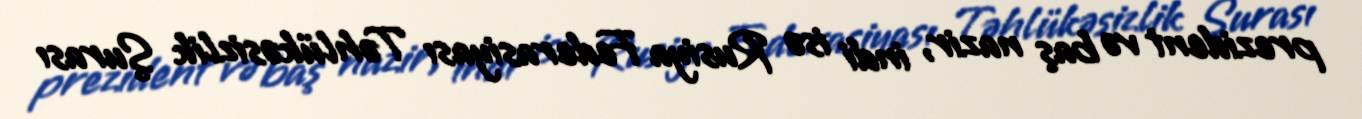
prezident və baş nazir, indi isə Rusiya Federasiyası Təhlükəsizlik Şurası